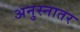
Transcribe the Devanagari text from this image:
अनुस्नातर